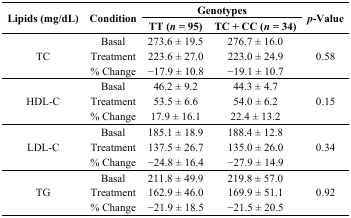
<table><thead><tr><td rowspan="2"><b>Lipids (mg/dL)</b></td><td rowspan="2"><b>Condition</b></td><td colspan="2"><b>Genotypes</b></td><td rowspan="2"><b><i>p</i>-Value</b></td></tr><tr><td><b>TT (<i>n</i> = 95)</b></td><td><b>TC + CC (<i>n</i> = 34)</b></td></tr></thead><tbody><tr><td rowspan="3">TC</td><td>Basal</td><td>273.6 ± 19.5</td><td>276.7 ± 16.0</td><td rowspan="3">0.58</td></tr><tr><td>Treatment</td><td>223.6 ± 27.0</td><td>223.0 ± 24.9</td></tr><tr><td>% Change</td><td>−17.9 ± 10.8</td><td>−19.1 ± 10.7</td></tr><tr><td rowspan="3">HDL-C</td><td>Basal</td><td>46.2 ± 9.2</td><td>44.3 ± 4.7</td><td rowspan="3">0.15</td></tr><tr><td>Treatment</td><td>53.5 ± 6.6</td><td>54.0 ± 6.2</td></tr><tr><td>% Change</td><td>17.9 ± 16.1</td><td>22.4 ± 13.2</td></tr><tr><td rowspan="3">LDL-C</td><td>Basal</td><td>185.1 ± 18.9</td><td>188.4 ± 12.8</td><td rowspan="3">0.34</td></tr><tr><td>Treatment</td><td>137.5 ± 26.7</td><td>135.0 ± 26.0</td></tr><tr><td>% Change</td><td>−24.8 ± 16.4</td><td>−27.9 ± 14.9</td></tr><tr><td rowspan="3">TG</td><td>Basal</td><td>211.8 ± 49.9</td><td>219.8 ± 57.0</td><td rowspan="3">0.92</td></tr><tr><td>Treatment</td><td>162.9 ± 46.0</td><td>169.9 ± 51.1</td></tr><tr><td>% Change</td><td>−21.9 ± 18.5</td><td>−21.5 ± 20.5</td></tr></tbody></table>